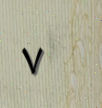
٧